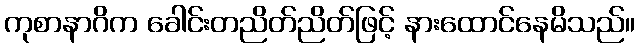
ကုစာနာဂိက ခေါင်းတညိတ်ညိတ်ဖြင့် နားထောင်နေမိသည်။